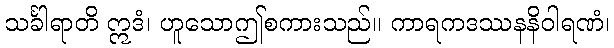
သင်္ခါရာတိ ဣဒံ၊ ဟူသောဤစကားသည်။ ကာရကဒဿနနိဝါရဏံ၊